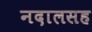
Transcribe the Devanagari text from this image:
नदालसह